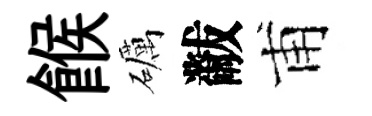
餱礪黻甫